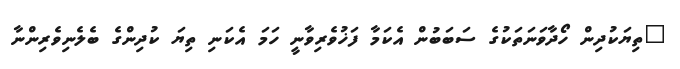
"ތިޔަކުދިން ހޯދާވަނަތަކުގެ ސަބަބުން އެކަމާ ފަޚުވެރިވާނީ ހަމަ އެކަނި ތިޔަ ކުދިންގެ ބެލެނިވެރިންނާ